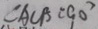
\angle A C B = 9 0 ^ { \circ }